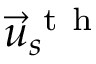
\vec { u } _ { s } ^ { \mathrm { ~ t ~ h ~ } }